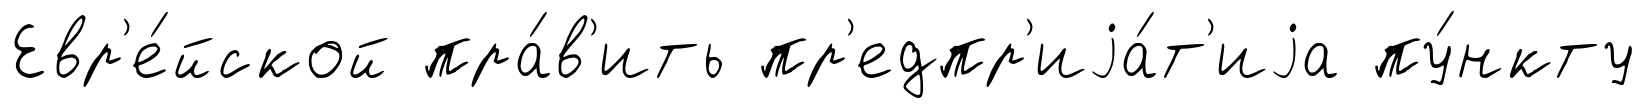
Евр'е́йской пра́в'ить пр'едпр'иjа́т'иjа пу́нкту